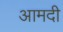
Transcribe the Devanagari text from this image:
आमदी